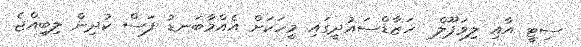
ސިޓީ އާއި ލިވަޕޫލް  ހަޒާޑްސައުދީގައި މީހަކަށް އެއްމާބަނޑު ފަސް ކުދިން ލިބިއްޖެ